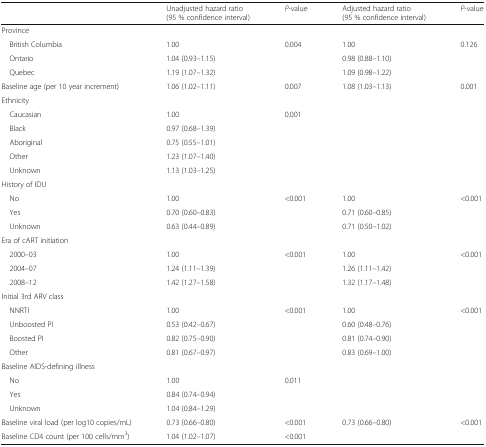
<table><thead><tr><td></td><td><b>Unadjusted hazard ratio(95 % confidence interval)</b></td><td><b><i>P</i>-value</b></td><td><b>Adjusted hazard ratio (95 % confidence interval)</b></td><td><b><i>P</i>-value</b></td></tr></thead><tbody><tr><td colspan="5">Province</td></tr><tr><td> British Columbia</td><td>1.00</td><td rowspan="3">0.004</td><td>1.00</td><td rowspan="3">0.126</td></tr><tr><td> Ontario</td><td>1.04 (0.93–1.15)</td><td>0.98 (0.88–1.10)</td></tr><tr><td> Quebec</td><td>1.19 (1.07–1.32)</td><td>1.09 (0.98–1.22)</td></tr><tr><td>Baseline age (per 10 year increment)</td><td>1.06 (1.02–1.11)</td><td>0.007</td><td>1.08 (1.03–1.13)</td><td>0.001</td></tr><tr><td colspan="5">Ethnicity</td></tr><tr><td> Caucasian</td><td>1.00</td><td rowspan="5">0.001</td><td rowspan="5"></td><td rowspan="5"></td></tr><tr><td> Black</td><td>0.97 (0.68–1.39)</td></tr><tr><td> Aboriginal</td><td>0.75 (0.55–1.01)</td></tr><tr><td> Other</td><td>1.23 (1.07–1.40)</td></tr><tr><td> Unknown</td><td>1.13 (1.03–1.25)</td></tr><tr><td colspan="5">History of IDU</td></tr><tr><td> No</td><td>1.00</td><td rowspan="3">&lt;0.001</td><td>1.00</td><td rowspan="3">&lt;0.001</td></tr><tr><td> Yes</td><td>0.70 (0.60–0.83)</td><td>0.71 (0.60–0.85)</td></tr><tr><td> Unknown</td><td>0.63 (0.44–0.89)</td><td>0.71 (0.50–1.02)</td></tr><tr><td colspan="5">Era of cART initiation</td></tr><tr><td> 2000–03</td><td>1.00</td><td rowspan="3">&lt;0.001</td><td>1.00</td><td rowspan="3">&lt;0.001</td></tr><tr><td> 2004–07</td><td>1.24 (1.11–1.39)</td><td>1.26 (1.11–1.42)</td></tr><tr><td> 2008–12</td><td>1.42 (1.27–1.58)</td><td>1.32 (1.17–1.48)</td></tr><tr><td colspan="5">Initial 3rd ARV class</td></tr><tr><td> NNRTI</td><td>1.00</td><td rowspan="4">&lt;0.001</td><td>1.00</td><td rowspan="4">&lt;0.001</td></tr><tr><td> Unboosted PI</td><td>0.53 (0.42–0.67)</td><td>0.60 (0.48–0.76)</td></tr><tr><td> Boosted PI</td><td>0.82 (0.75–0.90)</td><td>0.81 (0.74–0.90)</td></tr><tr><td> Other</td><td>0.81 (0.67–0.97)</td><td>0.83 (0.69–1.00)</td></tr><tr><td colspan="5">Baseline AIDS-defining illness</td></tr><tr><td> No</td><td>1.00</td><td rowspan="3">0.011</td><td rowspan="3"></td><td rowspan="3"></td></tr><tr><td> Yes</td><td>0.84 (0.74–0.94)</td></tr><tr><td> Unknown</td><td>1.04 (0.84–1.29)</td></tr><tr><td>Baseline viral load (per log10 copies/mL)</td><td>0.73 (0.66–0.80)</td><td>&lt;0.001</td><td>0.73 (0.66–0.80)</td><td>&lt;0.001</td></tr><tr><td>Baseline CD4 count (per 100 cells/mm<sup>3</sup>)</td><td>1.04 (1.02–1.07)</td><td>&lt;0.001</td><td></td><td></td></tr></tbody></table>